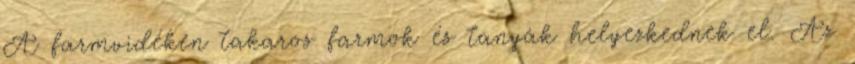
A farmvidéken takaros farmok és tanyák helyezkednek el. Az